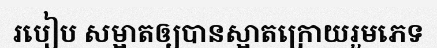
របៀប សម្អាតឲ្យបានស្អាតក្រោយរួមភេទ